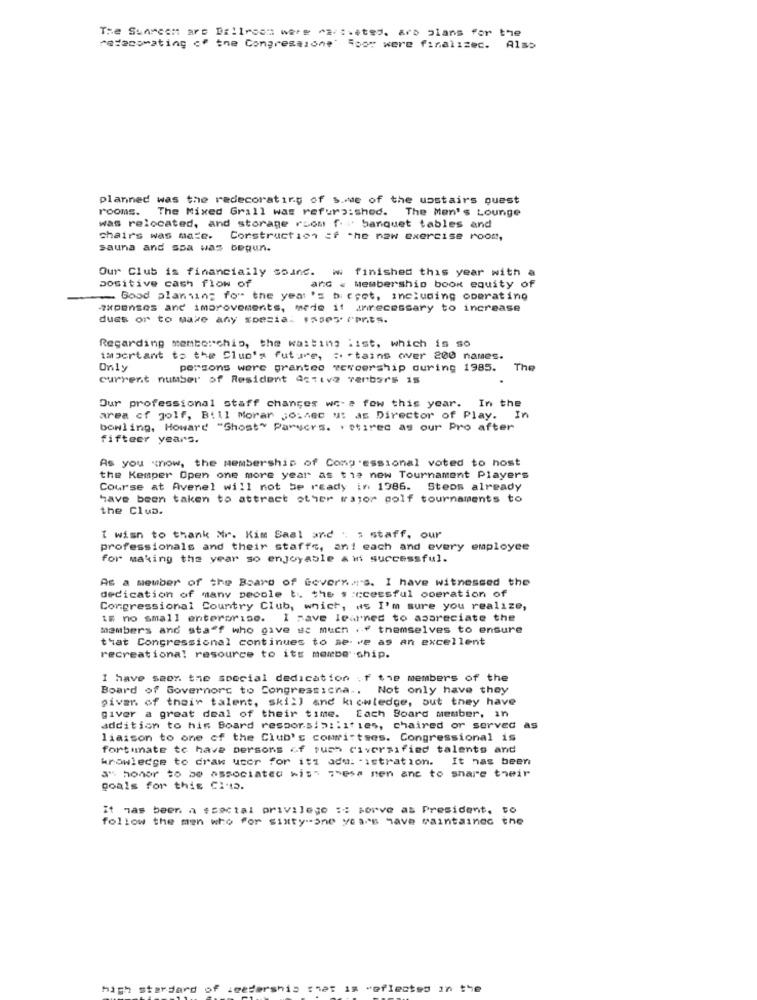
The Sunmcom arc Ballroom were "a/s.ates. ara plans for the
ratanomating of the Congressione" Roor were finalizec. Also
planned was the redecorating of s. we of the upstairs quest
rooms. The Mixed Grill was refurbished. The Men's Lounge
was relocated, and storage room f." banquet tables and
chairs was mate. Construction of the new exercise room,
sauna and spa was begun.
Our Club is financially sound. w. finished this year with a
positive cash flow of
and . Membership book equity of
Good planning fo" the year 's bi cret, including operating
expenses and improvements, mede it annecessary to increase
dues or to make any spesia. 155e5 PPnts.
Regarding memtorchio, the waiting list, which is so
important to the Club's future, :. - tains over 200 names.
Only
persons were granted weweership during 1985.
The
current number of Resident Active venbors is
Our professional staff changes we- a few this year.
In the
area of golf, Bill Morar jo:4ec ut as Director of Play. In
bowling, Howard "Ghost" Parsers. retired as our Pro after
fifteer years.
As you now, the membership of Congressional voted to host
the Kemper Open one more year as tie new Tournament Players
Course at Avenel will not be ready in 1986. Steps already
have been taken to attract other major golf tournaments to
the Clua.
I wish to thank Mr. Kim Saal and . ; staff, our
professionals and their staffs, an! each and every employee
for making the year so enjoyable & if successful.
As a member of the Board of Governa's. I have witnessed the
dedication of many pecole to the s :ccessful operation of
Congressional Country Club, which, as I'm sure you realize,
Im no small enterprise. I Have learned to apareciate the
members and staff who give se much .o themselves to ensure
that Congressional continues to serve as an excellent
recreational resource to its membership.
I have seex. the special dedication of the members of the
Board of Governors to Congressicna .. Not only have they
given of their talent, skill and kiewledge, but they have
giver a great deal of their time. Each Board member, in
addition to his Board resporsi>1:1' les, chaired or served as
liaison to one of the Club's committses. Congressional is
fortunate to have persons of such civeraified talents and
knowledge to draw ucor for its adu: - istration. It has been
a" honor to be associated with 7hess nen ane to share their
goals for this Club.
It Has been a $social privilege :: sorve as President. to
follow the men who for sixty-one years have maintained the
high sterdards
Feedershis that is reflected in the